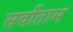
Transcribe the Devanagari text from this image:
सर्वोताम